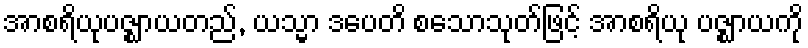
အာစရိယုပဇ္ဈာယတည်, ယသ္မာ ဒပေတိ စသောသုတ်ဖြင့် အာစရိယု ပဇ္ဈာယကို